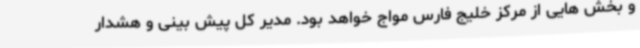
و بخش هایی از مرکز خلیج فارس مواج خواهد بود. مدیر کل پیش بینی و هشدار